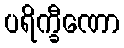
ပရိက္ခီဏော